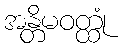
အန္တိမဝတ္ထုံ